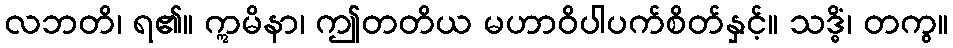
လဘတိ၊ ရ၏။ ဣမိနာ၊ ဤတတိယ မဟာဝိပါပက်စိတ်နှင့်။ သဒ္ဓိံ၊ တကွ။